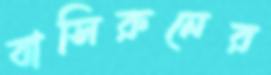
বাসিরুনের